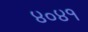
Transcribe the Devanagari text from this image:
४०४१